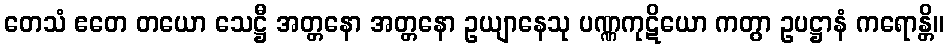
တေသံ ဧတေ တယော သေဋ္ဌီ အတ္တနော အတ္တနော ဥယျာနေသု ပဏ္ဏကုဋိယော ကတွာ ဥပဋ္ဌာနံ ကရောန္တိ။